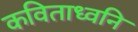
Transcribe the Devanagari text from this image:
कविताध्वनि